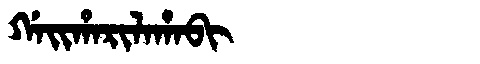
Manchu: ᡤᠠᡳᡥᠠᡵᡳᠯᠠᡥᠠᠪᡳ
Romanization: GAIHARILAHABI